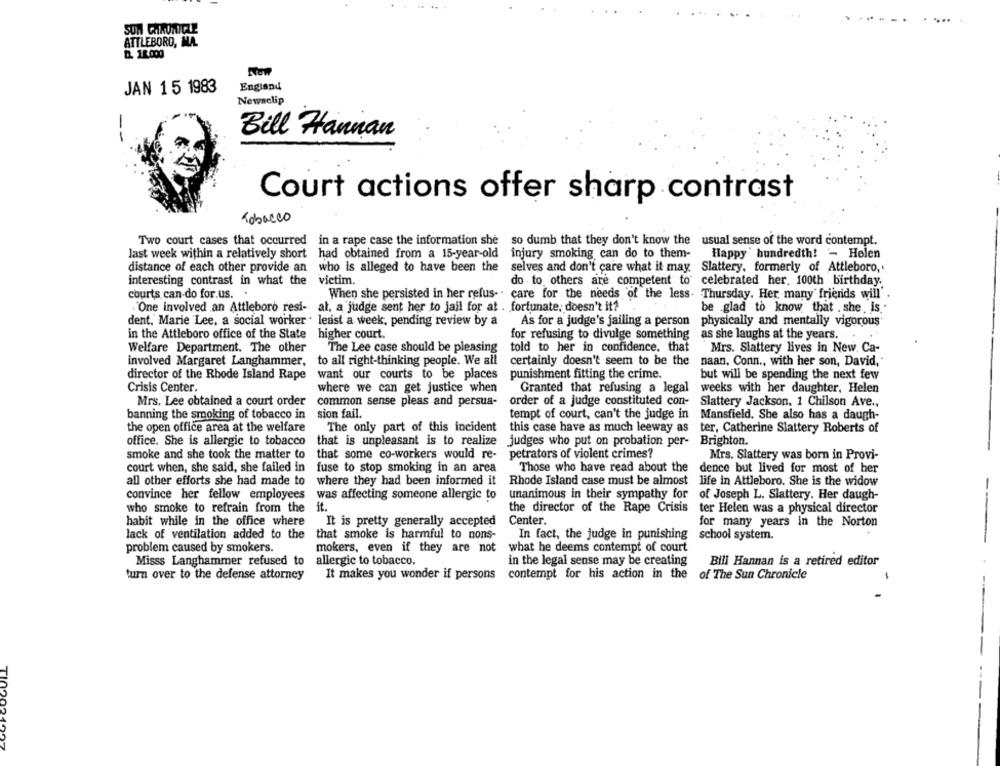
SUN CHRONICLE
ATTLEBORO, MA.
12 18.000
NOW
JAN 15 1983
England
Newaclip
-
Bill Hannan
Court actions offer sharp contrast
Tobacco
Two court cases that occurred in a rape case the information she so dumb that they don't know the usual sense of the word contempt.
last week within a relatively short had obtained from a 15-year-old injury smoking can do to them-
Happy " hundredth! - Holen
distance of each other provide an who is alleged to have been the
selves and don't care what it may. Slattery, formerly of Attleboro,
interesting contrast in what the victim.
do to others are competent to celebrated her. 100th birthday.
courts can-do for.us.
When she persisted in her refus- . care for the needs of the less. Thursday. Her many friends will'
"One involved an Attleboro resi- al, a judge sent her to jail for at . fortunate, doesn't it?
be glad to know that . she . is,
dent. Marie Lee, a social worker . least a week, pending review by a
As for a judge's jailing a person
physically and mentally vigorous
in the Attleboro office of the State
higher court.
for refusing to divulge something
as she laughs at the years.
Welfare Department. The other
The Lee case should be pleasing
told to her in confidence. that
Mrs. Slattery lives in New. Ca-
involved Margaret Langhammer, to all right-thinking people. We all
certainly doesn't seem to be the
naan, Conn ., with her son, David,
want our courts to be places
punishment fitting the crime.
director of the Rhode Island Rape
but will be spending the next few
Crisis Center.
where we can get justice when
Granted that refusing a legal
weeks with her daughter, Helen
Mrs. Lee obtained a court order
common sense pleas and persua-
order of a judge constituted con-
Slattery Jackson, 1 Chilson Ave .,
sion fail.
banning the smoking of tobacco in
tempt of court, can't the judge in
Mansfield, She also has a daugh-
the open office area at the welfare
The only part of this incident
this case have as much leeway as
ter, Catherine Slattery Roberts of
office. She is allergic to tobacco
that is unpleasant is to realize
judges who put on probation per-
Brighton.
smoke and she took the matter to
that some co-workers would re-
petrators of violent crimes?
Mrs. Slattery was born in Provi-
court when, she said, she failed in fuse to stop smoking in an area
Those who have read about the dence but lived for most of her
Those who have read about the
all other efforts she had made to
all other efforts she had made to where they had been informed it Rhode Island case must be almost life in Attleboro. She is the widow
where they had been informed it
convince her fellow employees was affecting someone allergic to
unanimous in their sympathy for of Joseph L. Slattery. Her daugh-
it.
who smoke to refrain from the
the director of the Rape Crisis
ter Helen was a physical director
habit while in the office where
Center.
It is pretty generally accepted
for many years in the Norton
lack of ventilation added to the
that smoke is harmful to nons-
In fact, the judge in punishing school system.
---
problem caused by smokers.
mokers, even if they are not
what he deems contempt of court
Misss Langhammer refused to
allergic to tobacco.
in the legal sense may be creating
Bill Hannan is a retired editor
turn over to the defense attorney
It makes you wonder if persons
contempt for his action in the of The Sun Chronicle
GFCOGULL